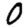
Digit: 0